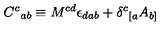
{ C ^ { c } } _ { a b } \equiv M ^ { c d } \epsilon _ { d a b } + { \delta ^ { c } } _ { [ a } A _ { b ] }